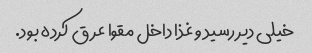
خیلی دیر رسید و غذا داخل مقوا عرق کرده بود.